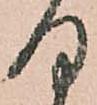
何